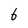
Character: 6